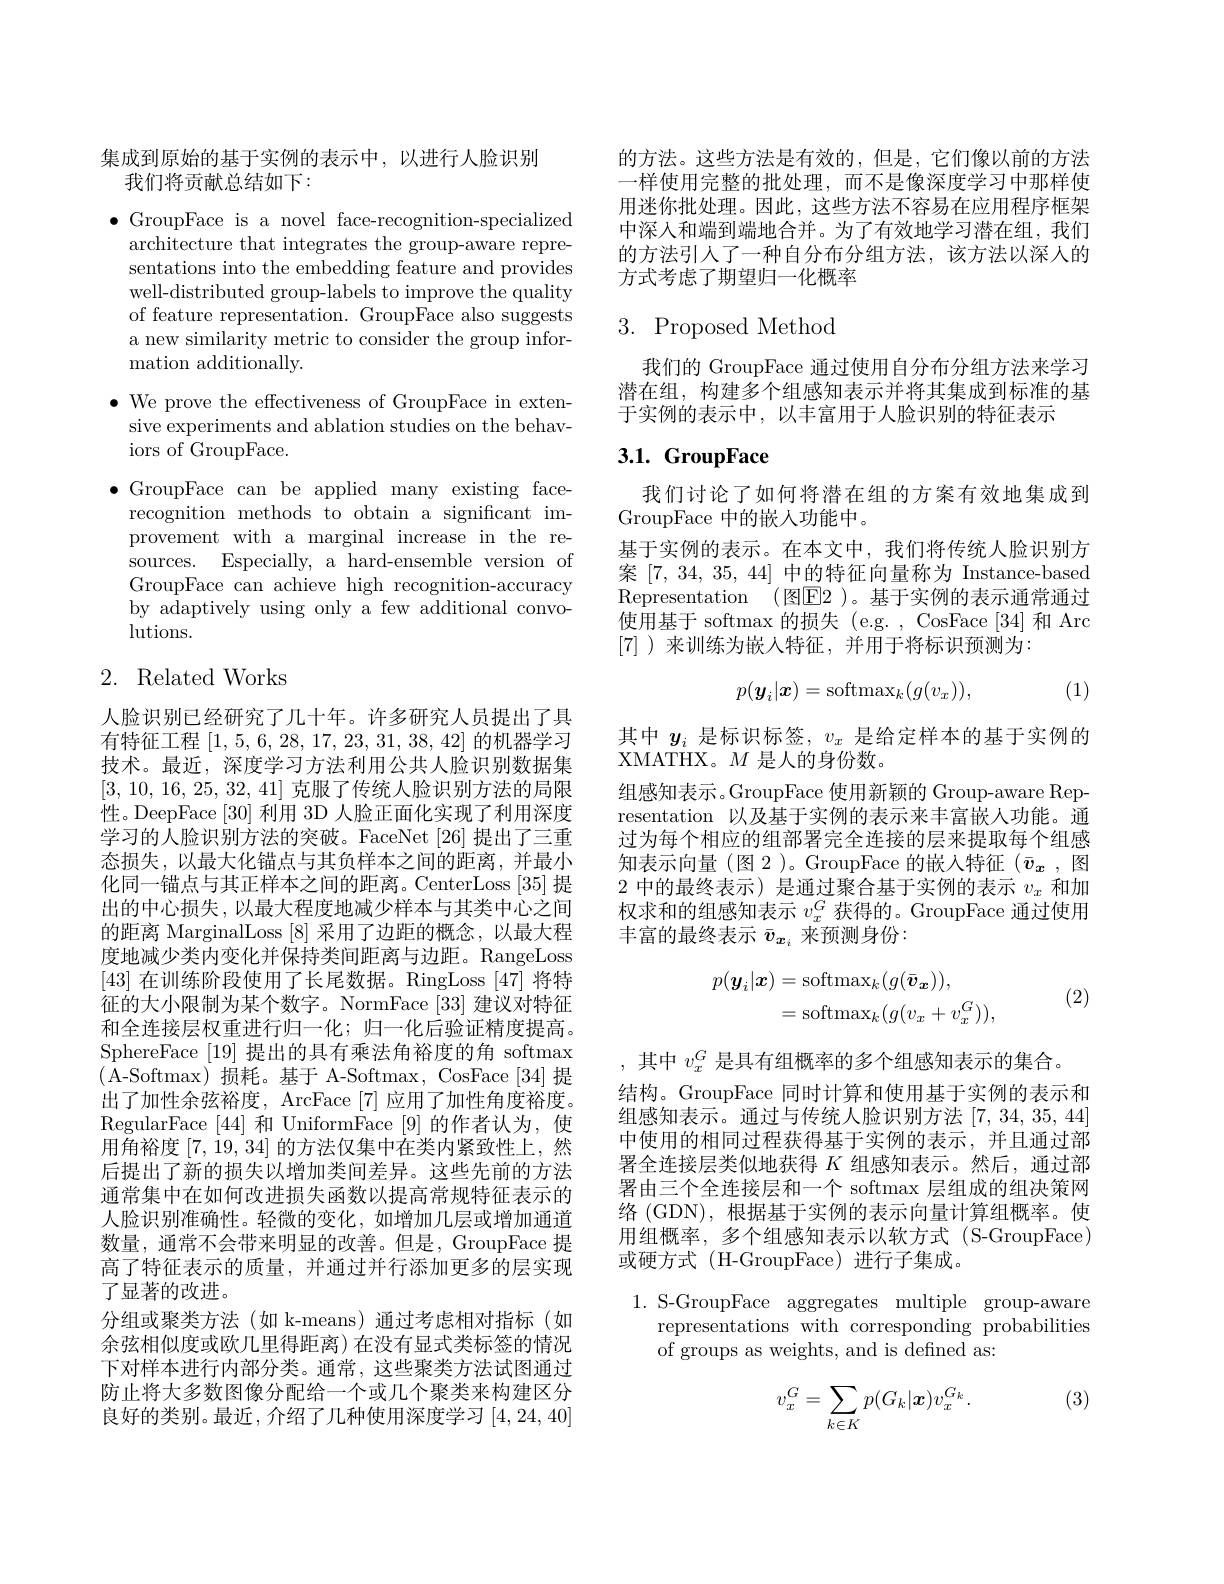
集成到原始的基于实例的表示中，以进行人脸识别
我们将贡献总结如下：

$\bullet$ GroupFace is a novel face-recognition-specialized
architecture that integrates the group-aware representations into the embedding feature and provides well-distributed group-labels to improve the quality of feature representation. GroupFace also suggests a new similarity metric to consider the group infor- ${\mathrm{mation~additionally.}}$

$\bullet$ We prove the effectiveness of GroupFace in extensive experiments and ablation studies on the behaviors of GroupFace.
$\bullet$GroupFace can be applied many existing face-
recognition methods to obtain a significant improvement with a marginal increase in the resources. Especially, a hard-ensemble version of GroupFace can achieve high recognition-accuracy by adaptively using only a few additional convolutions.

# 2. Related Works

人脸识别已经研究了几十年。许多研究人员提出了具有特征工程[1,5,6,28,17,23,31,38,42]的机器学习技术。最近，深度学习方法利用公共人脸识别数据集[3, 10, 16, 25, 32, 41]克服了传统人脸识别方法的局限性。DeepFace [30] 利用 3D 人脸正面化实现了利用深度学习的人脸识别方法的突破。FaceNet [26] 提出了三重态损失，以最大化锚点与其负样本之间的距离，并最小化同一错点与其正样本之间的距离。CenterLoss [35] 提出的中心损失，以最大程度地减少样本与其类中心之间的距离 MarginalLoss [8] 采用了边距的概念，以最大程度地减少类内变化并保持类间距离与边距。RangeLoss [43]在训练阶段使用了长尾数据。RingLoss [47]将特征的大小限制为某个数字。NormFace [33]建议对特征和全连接层权重进行归一化；归一化后验证精度提高。SphereFace [19]提出的具有乘法角裕度的角 softmax (A-Softmax)损耗。基于 A-Softmax, CosFace[34]提出了加性余弦裕度，ArcFace [7]应用了加性角度裕度。RegularFace [44]和 UniformFace [9]的作者认为，使用角裕度[7,19,34]的方法仅集中在类内紧致性上，然后提出了新的损失以增加类间差异。这些先前的方法通常集中在如何改进损失函数以提高常规特征表示的人脸识别准确性。轻微的变化，如增加几层或增加通道数量，通常不会带来明显的改善。但是，GroupFace 提高了特征表示的质量，并通过并行添加更多的层实现了显著的改进。
分组或聚类方法(如 k-means)通过考虑相对指标(如余弦相似度或欧几里得距离)在没有显式类标签的情况下对样本进行内部分类。通常，这些聚类方法试图通过防止将大多数图像分配给一个或几个聚类来构建区分良好的类别。最近，介绍了几种使用深度学习[4,24,40]

的方法。这些方法是有效的，但是，它们像以前的方法一样使用完整的批处理，而不是像深度学习中那样使用迷你批处理。因此，这些方法不容易在应用程序框架中深入和端到端地合并。为了有效地学习潜在组，我们的方法引人了一种自分布分组方法，该方法以深人的方式考虑了期望归一化概率

# 3. Proposed Method

我们的 GroupFace 通过使用自分布分组方法来学习潜在组，构建多个组感知表示并将其集成到标准的基于实例的表示中，以丰富用于人脸识别的特征表示

## $3. 1. \textbf{GroupFace}$

我们讨论了如何将潜在组的方案有效地集成到
GroupFace 中的嵌人功能中。
基于实例的表示。在本文中，我们将传统人脸识别方案[7,34,35,44]中的特征向量称为 Instance-based Representation (图E2 )。基于实例的表示通常通过使用基于 softmax 的损失 (e.g. , CosFace [34] 和 Arc [7] )来训练为嵌入特征，并用于将标识预测为：

(1)
$$p(\boldsymbol{y}_i|\boldsymbol{x})=\mathrm{softmax}_k(g(v_x)),$$
其中$y_i$是标识标签，$v_x$是给定样本的基于实例的
XMATHX。$M$是人的身份数。
组感知表示。GroupFace 使用新颖的 Group-aware Representation 以及基于实例的表示来丰富嵌人功能。通过为每个相应的组部署完全连接的层来提取每个组感知表示向量 (图 2 )。GroupFace 的嵌入特征$( \bar{\boldsymbol{v}} _{\boldsymbol{x}}$ ,图2中的最终表示)是通过聚合基于实例的表示$v_x$和加权求和的组感知表示$v_x^G$获得的。GroupFace 通过使用丰富的最终表示$\bar{v}_{\boldsymbol{x}_i}$来预测身份：
$$\begin{aligned}p(\boldsymbol{y}_{i}|\boldsymbol{x})&=\mathrm{softmax}_{k}(g(\bar{\boldsymbol{v}}_{\boldsymbol{x}})),\\&=\mathrm{softmax}_{k}(g(v_{x}+v_{x}^{G})),\end{aligned}$$
(2)

,其中$v_x^G$是具有组概率的多个组感知表示的集合。
结构。GroupFace 同时计算和使用基于实例的表示和组感知表示。通过与传统人脸识别方法[7,34,35,44] 中使用的相同过程获得基于实例的表示，并且通过部署全连接层类似地获得$K$组感知表示。然后，通过部署由三个全连接层和一个 softmax 层组成的组决策网络 (GDN), 根据基于实例的表示向量计算组概率。使用组概率，多个组感知表示以软方式 (S-GroupFace) 或硬方式(H-GroupFace)进行子集成。

1. S-GroupFace aggregates multiple group-aware
representations with corresponding probabilities
of groups as weights, and is defined as:

(3)
$$v_x^G=\sum\limits_{k\in K}p(G_k|\boldsymbol{x})v_x^{G_k}.$$